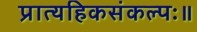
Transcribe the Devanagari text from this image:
प्रात्यहिकसंकल्पः॥